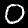
Digit: 0